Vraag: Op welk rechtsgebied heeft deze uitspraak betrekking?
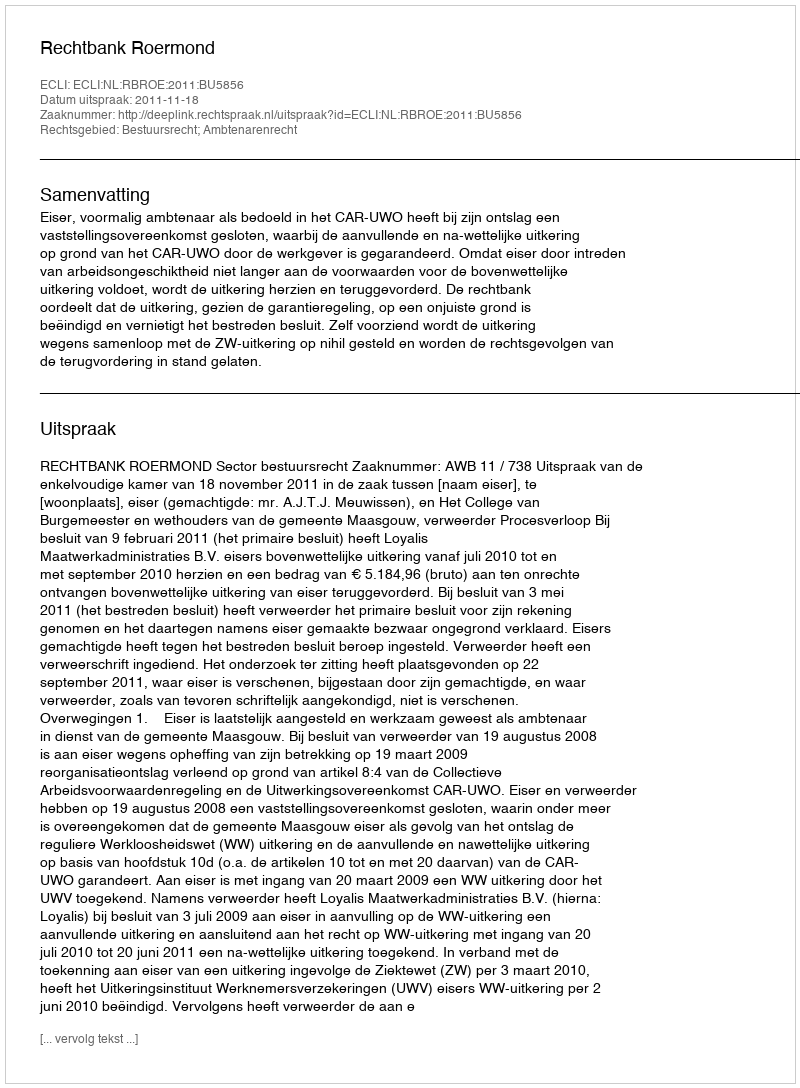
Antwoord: Bestuursrecht; Ambtenarenrecht